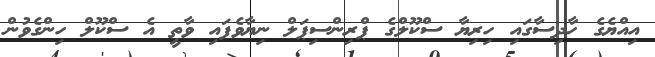
އިއްޔެގެ ހާދިސާގައި ހިރިޔާ ސްކޫލްގެ ޕްރިންސިޕަލް ނިޔާވެފައި ވާތީ އެ ސްކޫލް ހިންގެވުން